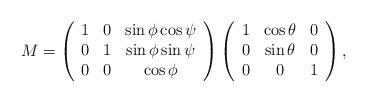
LaTeX: \begin{align*}M = \left( \begin{array}{ccc}1 & 0 & \sin\phi\cos\psi\\0 & 1 & \sin\phi\sin\psi\\0 & 0 & \cos\phi\end{array}\right)\left(\begin{array}{ccc}1 & \cos\theta & 0\\0 & \sin\theta & 0\\0 & 0 & 1\end{array}\right),\end{align*}